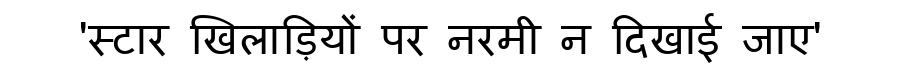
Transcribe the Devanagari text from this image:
'स्टार खिलाड़ियों पर नरमी न दिखाई जाए'